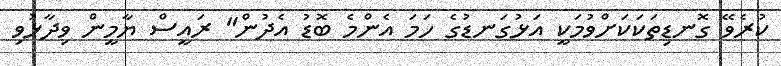
ކުރެވޭ ގޮނޑިތަކަކަށްވުމަކީ އަޅުގަނޑުގެ ހަމަ އެންމެ ބޮޑު އެދުން" ރައީސް ޔާމީން ވިދާޅުވި